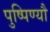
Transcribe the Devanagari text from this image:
पुष्पिण्यौ